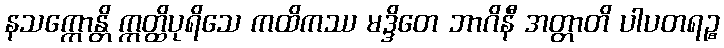
နသက္ကောန္တိ ဣတ္ထိပုရိသေ ကထိကဿ မဒ္ဒိတေ ဘာဂိနီ အတ္တာတိ ပါပတရဉ္စ